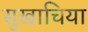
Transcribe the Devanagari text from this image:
सुखाचिया